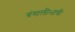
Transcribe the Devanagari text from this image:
बंगालीभाषी